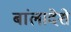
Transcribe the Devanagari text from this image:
बांलादेशे